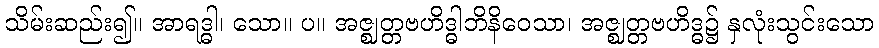
သိမ်းဆည်း၍။ အာရဒ္ဓါ၊ သော။ ပ။ အဇ္ဈတ္တဗဟိဒ္ဓါဘိနိဝေသာ၊ အဇ္ဈတ္တဗဟိဒ္ဓ၌ နှလုံးသွင်းသော